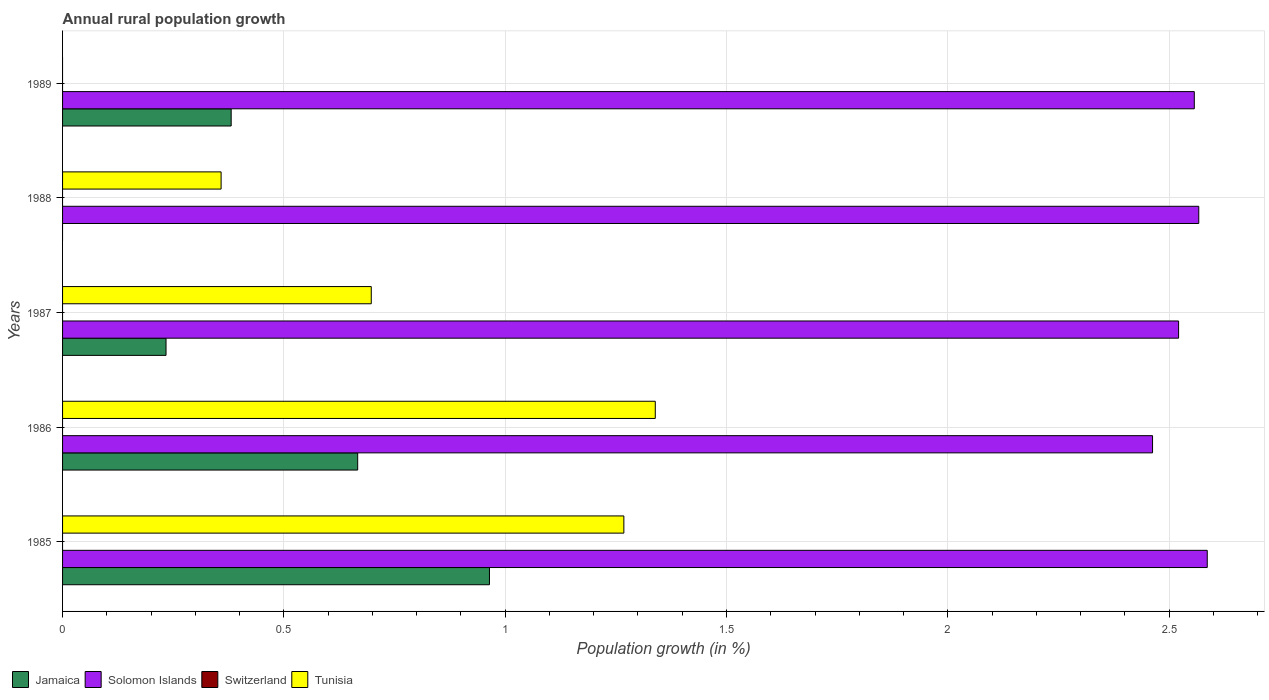
| Years | Jamaica | Solomon Islands | Switzerland | Tunisia |
 | --- | --- | --- | --- | --- |
 | 1985 | 0.964 | 2.59 | -4.39 | 1.27 |
 | 1986 | 0.667 | 2.46 | -4.44 | 1.34 |
 | 1987 | 0.234 | 2.52 | -4.46 | 0.697 |
 | 1988 | -0.153 | 2.57 | -4.48 | 0.358 |
 | 1989 | 0.381 | 2.56 | -4.51 | -0.61 |